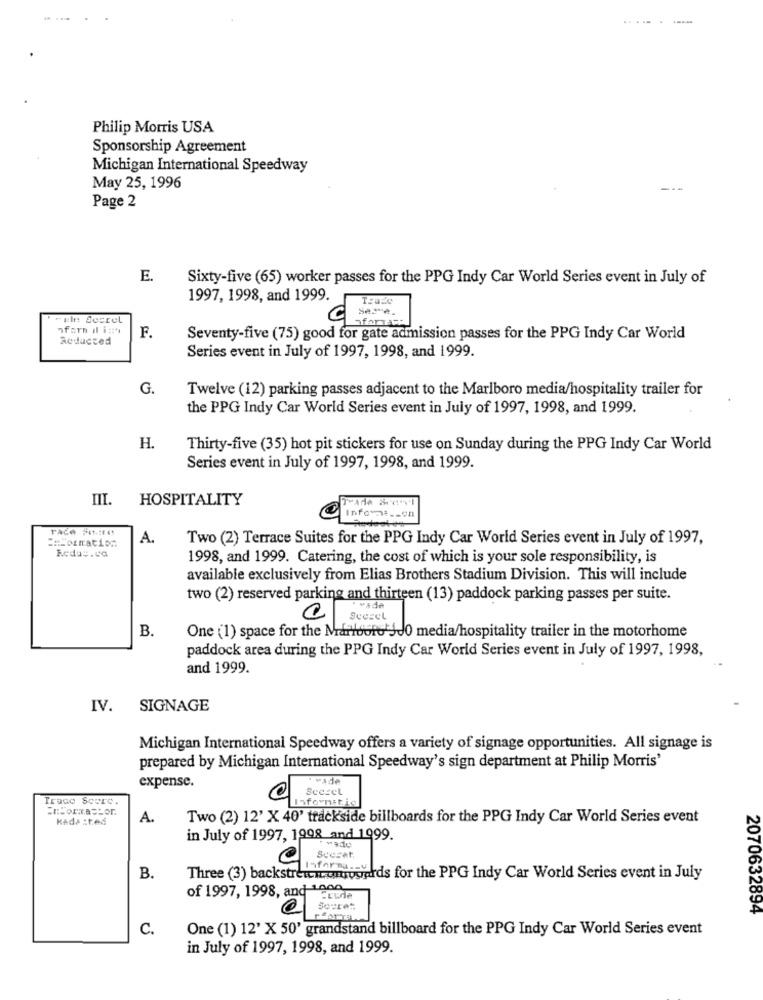
...-.-
Philip Morris USA
Sponsorship Agreement
Michigan International Speedway
May 25, 1996
Page 2
E.
Sixty-five (65) worker passes for the PPG Indy Car World Series event in July of
1997, 1998, and 1999.
Sere.
"the Secret
ofarTa="
nforn il i:
Reducted
F.
Seventy-five (75) good for gate admission passes for the PPG Indy Car World
Series event in July of 1997, 1998, and 1999.
G.
Twelve (12) parking passes adjacent to the Marlboro media/hospitality trailer for
the PPG Indy Car World Series event in July of 1997, 1998, and 1999.
H.
Thirty-five (35) hot pit stickers for use on Sunday during the PPG Indy Car World
Series event in July of 1997, 1998, and 1999.
III.
HOSPITALITY
Info __ en
race Sitt4
A.
Two (2) Terrace Suites for the PPG Indy Car World Series event in July of 1997,
Reduc.ca
1998, and 1999. Catering, the cost of which is your sole responsibility, is
available exclusively from Elias Brothers Stadium Division. This will include
two (2) reserved parking and thirteen (13) paddock parking passes per suite.
Scezel
B.
One (1) space for the Marfooto JJ0 media/hospitality trailer in the motorhome
paddock area during the PPG Indy Car World Series event in July of 1997, 1998,
and 1999.
IV.
SIGNAGE
Michigan International Speedway offers a variety of signage opportunities. All signage is
prepared by Michigan International Speedway's sign department at Philip Morris'
expense.
· vade
0
Seczel
Trade Score.
Informatig
KAda :ted
A.
Two (2) 12' X 40' trackside billboards for the PPG Indy Car World Series event
in July of 1997, 1998 and 1999.
Scecet.
B.
Three (3) backstrewnammowords for the PPG Indy Car World Series event in July
of 1997, 1998, and " crede
2070632894
C.
One (1) 12' X 50' grandstand billboard for the PPG Indy Car World Series event
in July of 1997, 1998, and 1999.